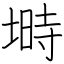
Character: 塒